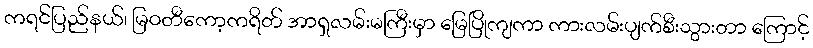
ကရင်ပြည်နယ်၊ မြဝတီကော့ကရိတ် အာရှလမ်းမကြီးမှာ မြေပြိုကျကာ ကားလမ်းပျက်စီးသွားတာ ကြောင့်